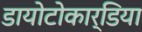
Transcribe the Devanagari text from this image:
डायोटोकार्डिया